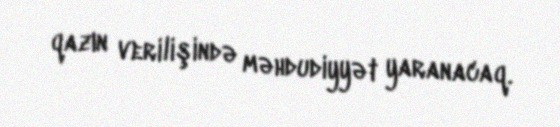
qazın verilişində məhdudiyyət yaranacaq.